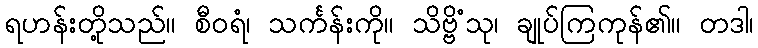
ရဟန်းတို့သည်။ စီဝရံ၊ သင်္ကန်းကို။ သိဗ္ဗိံသု၊ ချုပ်ကြကုန်၏။ တဒါ၊